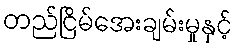
တည်ငြိမ်အေးချမ်းမှုနှင့်